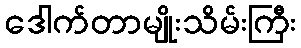
ဒေါက်တာမျိုးသိမ်းကြီး